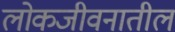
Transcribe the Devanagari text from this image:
लोकजीवनातील